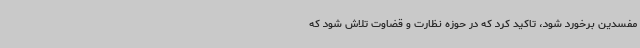
مفسدین برخورد شود، تاکید کرد که در حوزه نظارت و قضاوت تلاش شود که